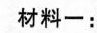
材料一：